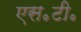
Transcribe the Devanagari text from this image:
एस॰टी॰